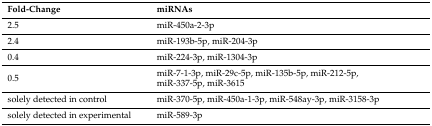
<table><thead><tr><td><b>Fold-Change</b></td><td><b>miRNAs</b></td></tr></thead><tbody><tr><td>2.5</td><td>miR-450a-2-3p</td></tr><tr><td>2.4</td><td>miR-193b-5p, miR-204-3p</td></tr><tr><td>0.4</td><td>miR-224-3p, miR-1304-3p</td></tr><tr><td>0.5</td><td>miR-7-1-3p, miR-29c-5p, miR-135b-5p, miR-212-5p, miR-337-5p, miR-3615</td></tr><tr><td>solely detected in control</td><td>miR-370-5p, miR-450a-1-3p, miR-548ay-3p, miR-3158-3p</td></tr><tr><td>solely detected in experimental</td><td>miR-589-3p</td></tr></tbody></table>